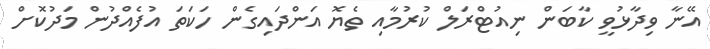
އޭނާ ވިދާޅުވީ ކާބަން ނިއުޓްރަލް ކުރުމާއި ތެޔޮ އަންދައިގެން ހަކަތަ އުފެއްދުން މަދުކޮށް